Civil Veterinary Department. Central Provinces & Berar 1925-31 - 1925-1931
Year: 1925
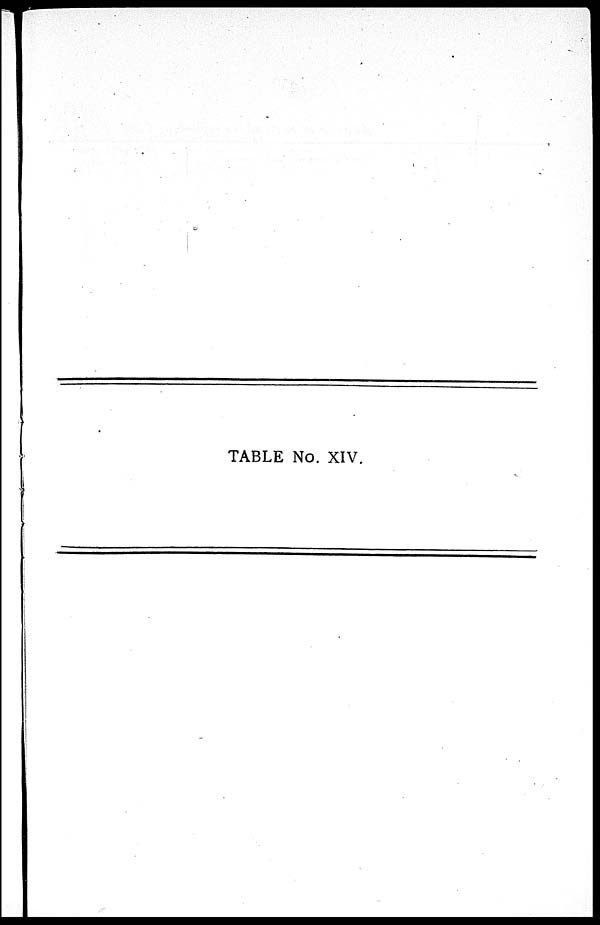
TABLE No. XIV.